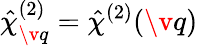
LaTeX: \hat{\mathbf{\chi}}_{\v q}^{(2)}=\hat{\chi}^{(2)}(\v q)